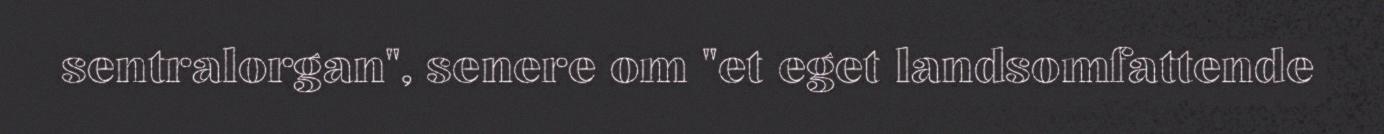
sentralorgan", senere om "et eget landsomfattende